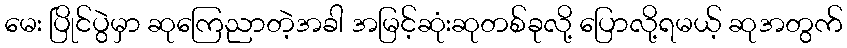
မေး ပြိုင်ပွဲမှာ ဆုကြေညာတဲ့အခါ အမြင့်ဆုံးဆုတစ်ခုလို့ ပြောလို့ရမယ့် ဆုအတွက်